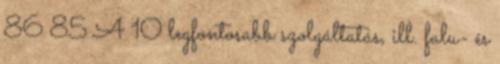
86 85 A 10 legfontosabb szolgáltatás, ill. falu- és